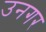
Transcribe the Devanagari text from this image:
उनगर